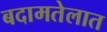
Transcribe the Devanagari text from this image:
बदामतेलात